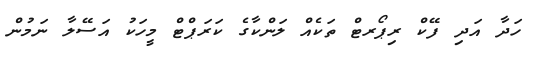
ހަދާ އަދި ފޭކް ރިޕޯރޓް ތަކެއް ލަންކާގެ ކަރަޕްޓް މީހަކު އަސޭލާ ނަމުން